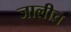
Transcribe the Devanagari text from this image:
जालीच